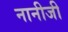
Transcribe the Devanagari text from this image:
नानीजी